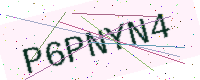
Text: P6PNYN4